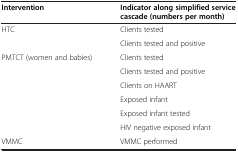
| Intervention | Indicator along simplified service cascade (numbers per month) |
 | --- | --- |
 | <ROWSPAN=2> HTC | Clients tested |
 | Clients tested and positive |
 | <ROWSPAN=6> PMTCT (women and babies) | Clients tested |
 | Clients tested and positive |
 | Clients on HAART |
 | Exposed infant |
 | Exposed infant tested |
 | HIV negative exposed infant |
 | VMMC | VMMC performed |